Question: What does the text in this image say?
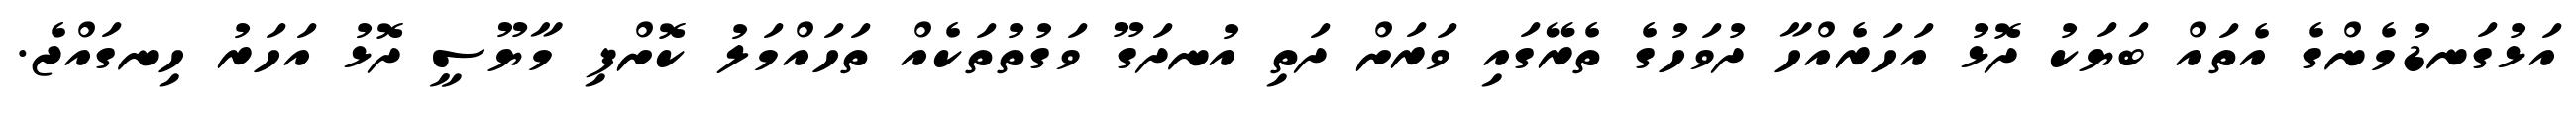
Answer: އަޅުގަނޑުމެންގެ އެތައް ބަޔަކު ދޮޅު އަހަރެއްހާ ދުވަހުގެ ތެރޭގައި ވަރަށް ދަތި އުނދަގޫ ވަގުތުތަކެއް ތަހައްމަލު ކޮށްފި މާޔޫސީ ދޮޅު އަހަރު ހިނގައްޖެ.